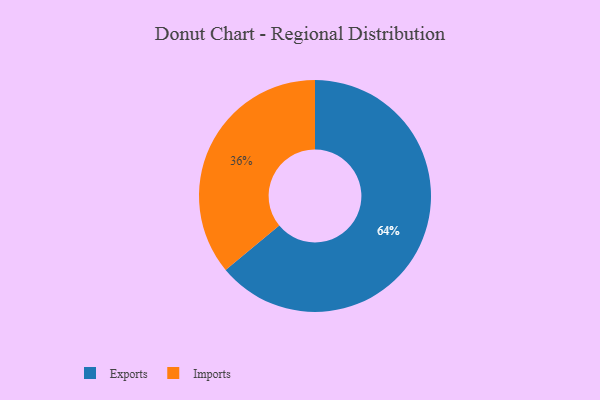
{"axis": {"x": "Category", "y": "Percentage"}, "legend": ["Exports", "Imports"], "data": [{"x": "Exports", "y": 64, "type": "Exports"}, {"x": "Imports", "y": 36, "type": "Imports"}]}